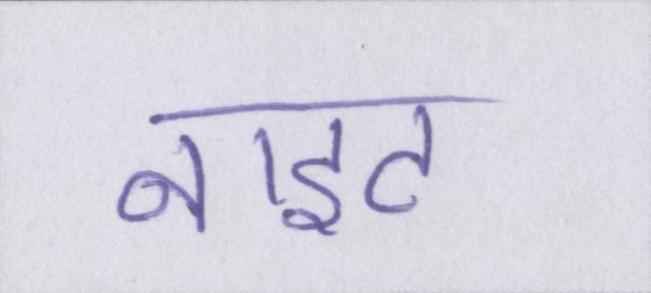
नाइट